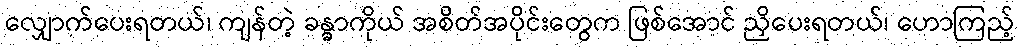
လျှောက်ပေးရတယ်၊ ကျန်တဲ့ ခန္ဓာကိုယ် အစိတ်အပိုင်းတွေက ဖြစ်အောင် ညှိပေးရတယ်၊ ဟောကြည့်